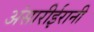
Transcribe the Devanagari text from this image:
अंसारीईरानी